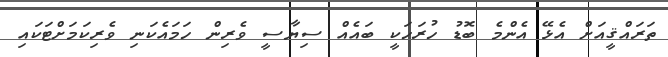
ތަރައްޤީއަށް އެޅޭ އެންމެ ބޮޑު ހުރަހަކީ ބައެއް ސިޔާސީ ވެރިން ހަމައެކަނި ވެރިކަމަށްޓަކައި